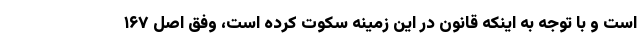
است و با توجه به اینکه قانون در این زمینه سکوت کرده است، وفق اصل ۱۶۷